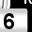
Digit: 6